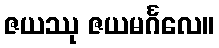
ဇယဿု ဇယမင်္ဂလေ။